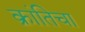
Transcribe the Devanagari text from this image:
क्रांतिचा